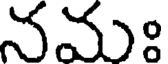
నమః